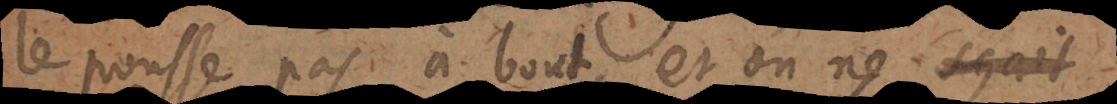
le pousse pas à bout, et on ne sçait